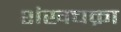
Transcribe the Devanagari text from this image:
शंखचक्रा